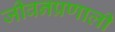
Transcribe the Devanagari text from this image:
जीवनप्रणाली